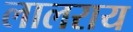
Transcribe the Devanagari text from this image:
लालराय